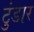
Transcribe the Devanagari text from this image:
टुंडार